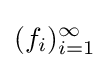
(f_{i})_{i=1}^{\infty }